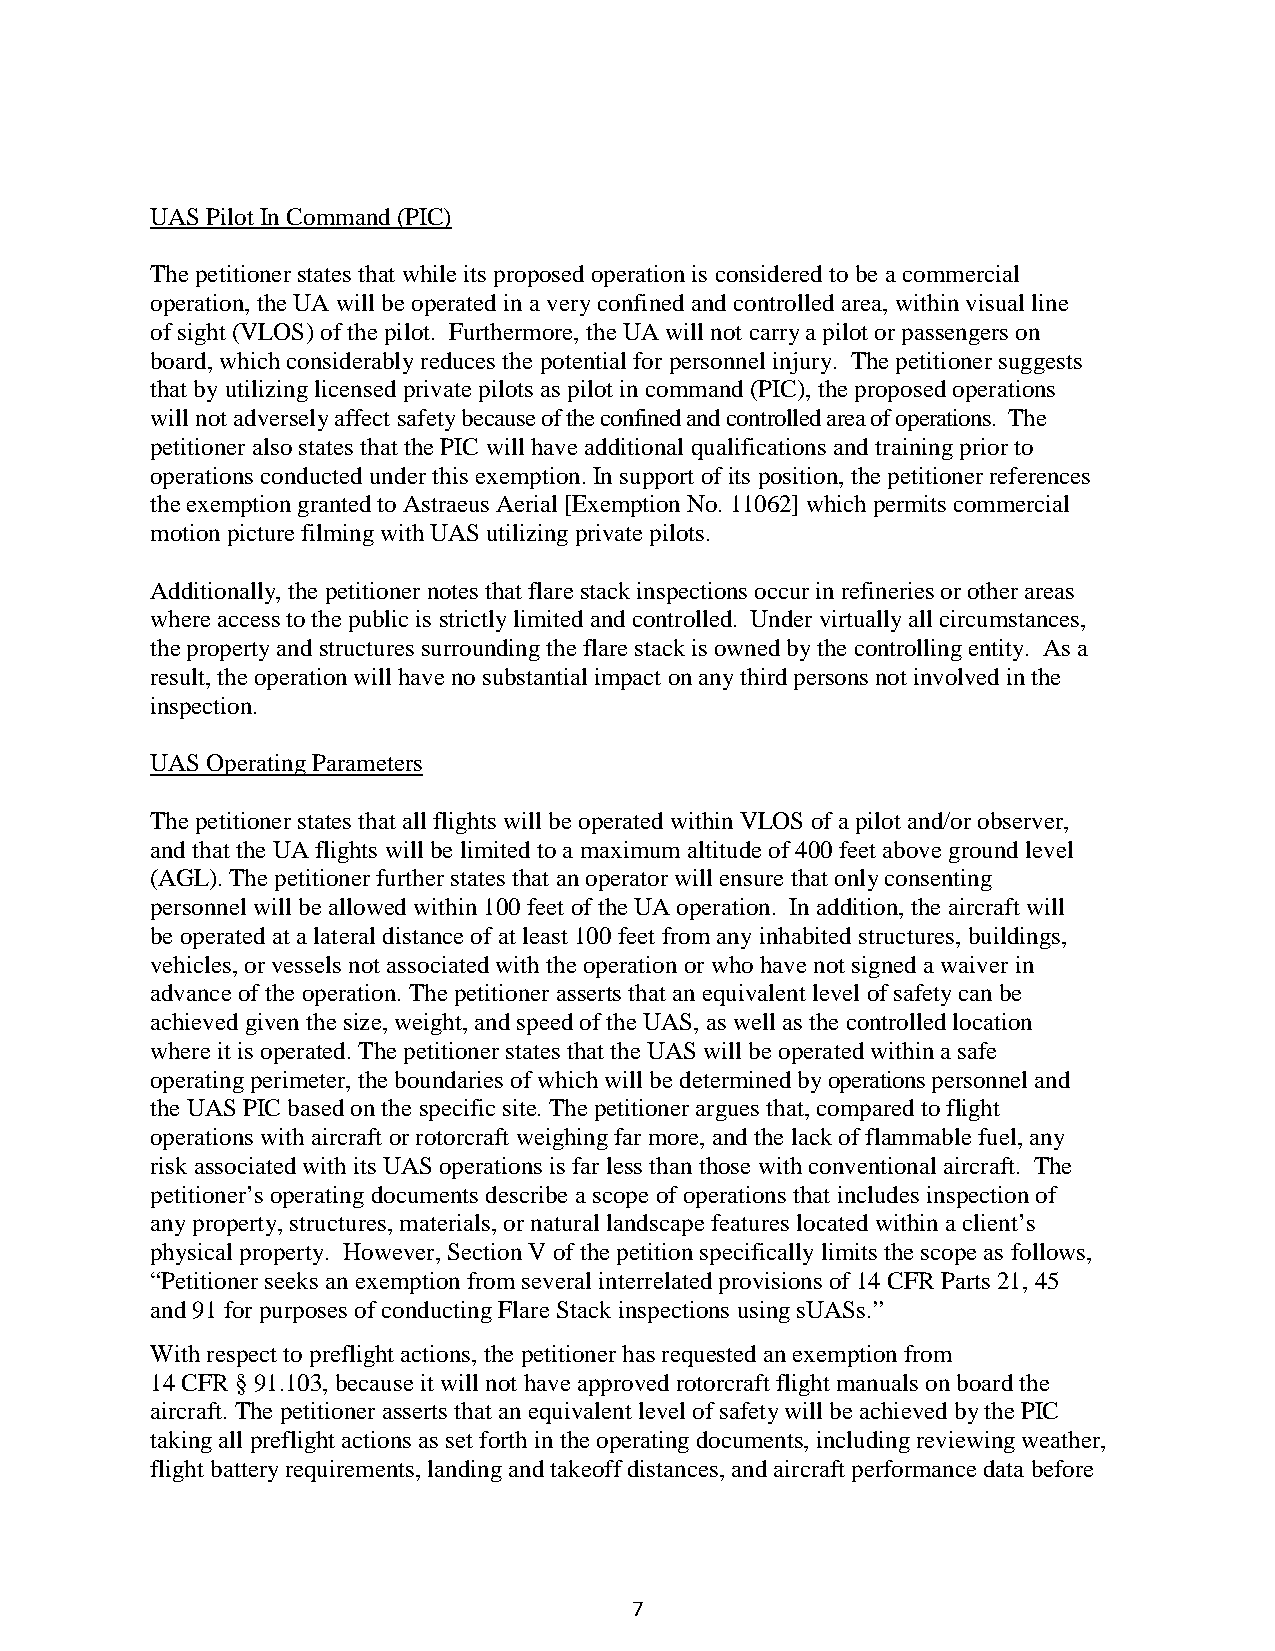
UAS Pilot In Command (PIC)
 The petitioner states that while its proposed operation is considered to be a commercial
 operation, the UA will be operated in a very confined and controlled area, within visual line
 of sight (VLOS) of the pilot. Furthermore, the UA will not carry a pilot or passengers on
 board, which considerably reduces the potential for personnel injury. The petitioner suggests
 that by utilizing licensed private pilots as pilot in command (PIC), the proposed operations
 will not adversely affect safety because of the confined and controlled area of operations. The
 petitioner also states that the PIC will have additional qualifications and training prior to
 operations conducted under this exemption. In support of its position, the petitioner references
 the exemption granted to Astraeus Aerial [Exemption No. 11062] which permits commercial
 motion picture filming with UAS utilizing private pilots.
 Additionally, the petitioner notes that flare stack inspections occur in refineries or other areas
 where access to the public is strictly limited and controlled. Under virtually all circumstances,
 the property and structures surrounding the flare stack is owned by the controlling entity. As a
 result, the operation will have no substantial impact on any third persons not involved in the
 inspection.
 UAS Operating Parameters
 The petitioner states that all flights will be operated within VLOS of a pilot and/or observer,
 and that the UA flights will be limited to a maximum altitude of 400 feet above ground level
 (AGL). The petitioner further states that an operator will ensure that only consenting
 personnel will be allowed within 100 feet of the UA operation. In addition, the aircraft will
 be operated at a lateral distance of at least 100 feet from any inhabited structures, buildings,
 vehicles, or vessels not associated with the operation or who have not signed a waiver in
 advance of the operation. The petitioner asserts that an equivalent level of safety can be
 achieved given the size, weight, and speed of the UAS, as well as the controlled location
 where it is operated. The petitioner states that the UAS will be operated within a safe
 operating perimeter, the boundaries of which will be determined by operations personnel and
 the UAS PIC based on the specific site. The petitioner argues that, compared to flight
 operations with aircraft or rotorcraft weighing far more, and the lack of flammable fuel, any
 risk associated with its UAS operations is far less than those with conventional aircraft. The
 petitioner’s operating documents describe a scope of operations that includes inspection of
 any property, structures, materials, or natural landscape features located within a client’s
 physical property. However, Section V of the petition specifically limits the scope as follows,
 “Petitioner seeks an exemption from several interrelated provisions of 14 CFR Parts 21, 45
 and 91 for purposes of conducting Flare Stack inspections using sUASs.”
 With respect to preflight actions, the petitioner has requested an exemption from
 14 CFR § 91.103, because it will not have approved rotorcraft flight manuals on board the
 aircraft. The petitioner asserts that an equivalent level of safety will be achieved by the PIC
 taking all preflight actions as set forth in the operating documents, including reviewing weather,
 flight battery requirements, landing and takeoff distances, and aircraft performance data before
 7